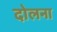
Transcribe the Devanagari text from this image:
दोलना